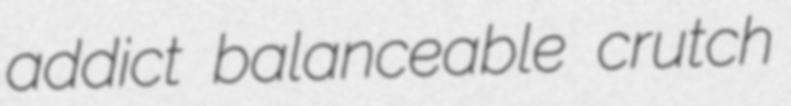
addict balanceable crutch